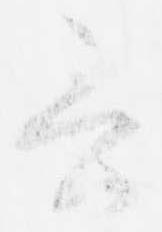
言